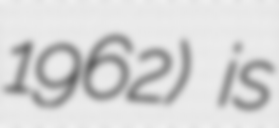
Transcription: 1962) is